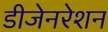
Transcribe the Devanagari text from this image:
डीजेनरेशन